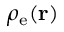
\rho _ { \mathrm { e } } ( { \bf r } )